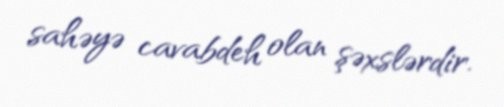
sahəyə cavabdeh olan şəxslərdir.